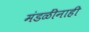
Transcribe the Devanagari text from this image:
मंडळींनाही